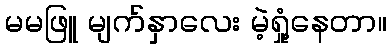
မမဖြူ မျက်နှာလေး မဲ့ရှုံ့နေတာ။